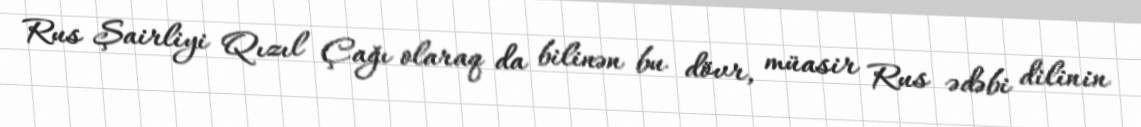
Rus Şairliyi Qızıl Çağı olaraq da bilinən bu dövr, müasir Rus ədəbi dilinin